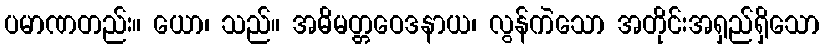
ပမာဏတည်း။ ယော၊ သည်။ အဓိမတ္တဝေဒနာယ၊ လွန်ကဲသော အတိုင်းအရှည်ရှိသော